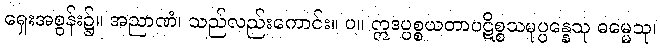
ရှေးအစွန်း၌။ အညာဏံ၊ သည်လည်းကောင်း။ ပ။ ဣဒပ္ပစ္စယတာပဋိစ္စသမုပ္ပန္နေသု ဓမ္မေသု၊